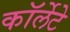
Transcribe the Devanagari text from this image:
कॉर्लेटे